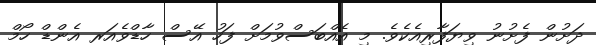
ދަށުން ފެށުނު ވިޔަފާރިއެކެވެ. މި އެއްބަސްވުމަށް ފަހު އޭސް ހާޑްވެއަރ އެންޑް ހޯމް